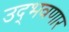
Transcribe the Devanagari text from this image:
उद्‌भवणार